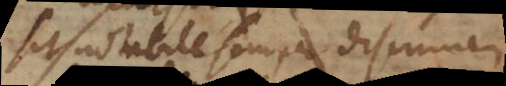
sit notabile semper discrimen